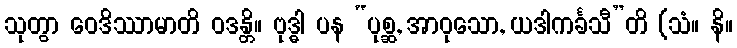
သုတွာ ဝေဒိဿာမာတိ ဝဒန္တိ။ ဗုဒ္ဓါ ပန “ပုစ္ဆ, အာဝုသော, ယဒါကင်္ခသီ”တိ (သံ။ နိ။